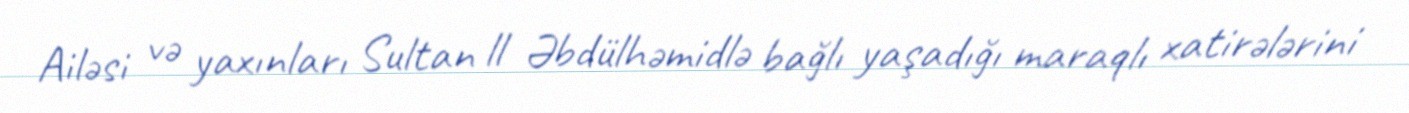
Ailəsi və yaxınları Sultan ll Əbdülhəmidlə bağlı yaşadığı maraqlı xatirələrini